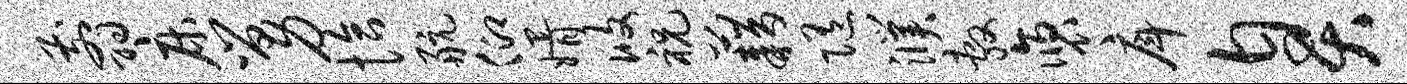
翦床舅恰航仰婿攸祝藉随濮敷褒戽臭